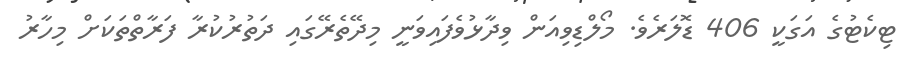
ޓިކެޓުގެ އަގަކީ 406 ޑޮލަރެވެ. މޯލްޑިވިއަން ވިދާޅުވެފައިވަނީ މިދޭތެރޭގައި ދަތުރުކުރާ ފަރާތްތަކަށް މިހާރު